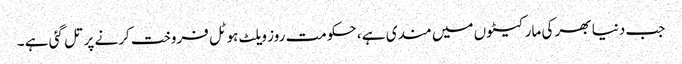
جب دنیا بھر کی مارکیٹوں میں مندی ہے ، حکومت روز ویلٹ ہوٹل فروخت کرنے پر تل گئی ہے ۔